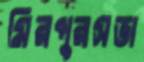
মিরপুরসভা